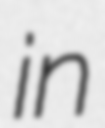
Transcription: in